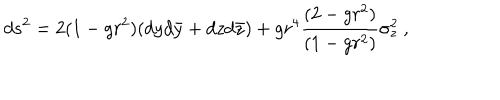
LaTeX: d s ^ { 2 } = 2 ( 1 - g r ^ { 2 } ) ( d y d \bar { y } + d z d \bar { z } ) + g r ^ { 4 } { \frac { ( 2 - g r ^ { 2 } ) } { ( 1 - g r ^ { 2 } ) } } \sigma _ { z } ^ { 2 } \ ,